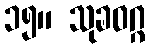
၁၅။ သုခဝဂ္ဂ